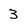
Character: 3